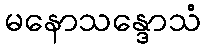
မနောသန္ဒောသံ